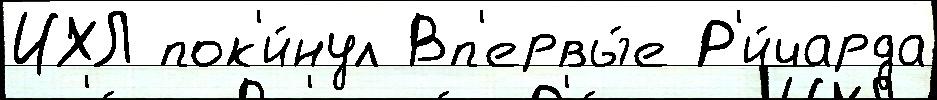
ИХЛ пок'и́нул Вп'ервы́е Р'и́чарда